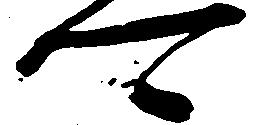
可